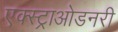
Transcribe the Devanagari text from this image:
एक्स्ट्राओडनरी